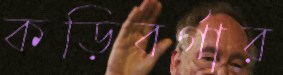
কড়িবর্গার